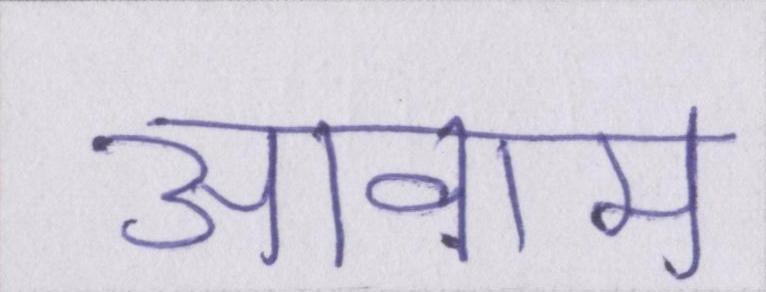
आवाम